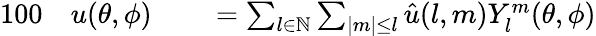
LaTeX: \begin{array}{rlrl}{{100}}&{{}u(\theta,\phi)}&{}&{{}=\sum_{l\in\mathbb{N}}\sum_{|m|\leq l}\hat{u}(l,m)Y_{l}^{m}(\theta,\phi)}\end{array}